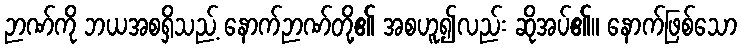
ဉာဏ်ကို ဘယအစရှိသည့် နောက်ဉာဏ်တို့၏ အစဟူ၍လည်း ဆိုအပ်၏။ နောက်ဖြစ်သော